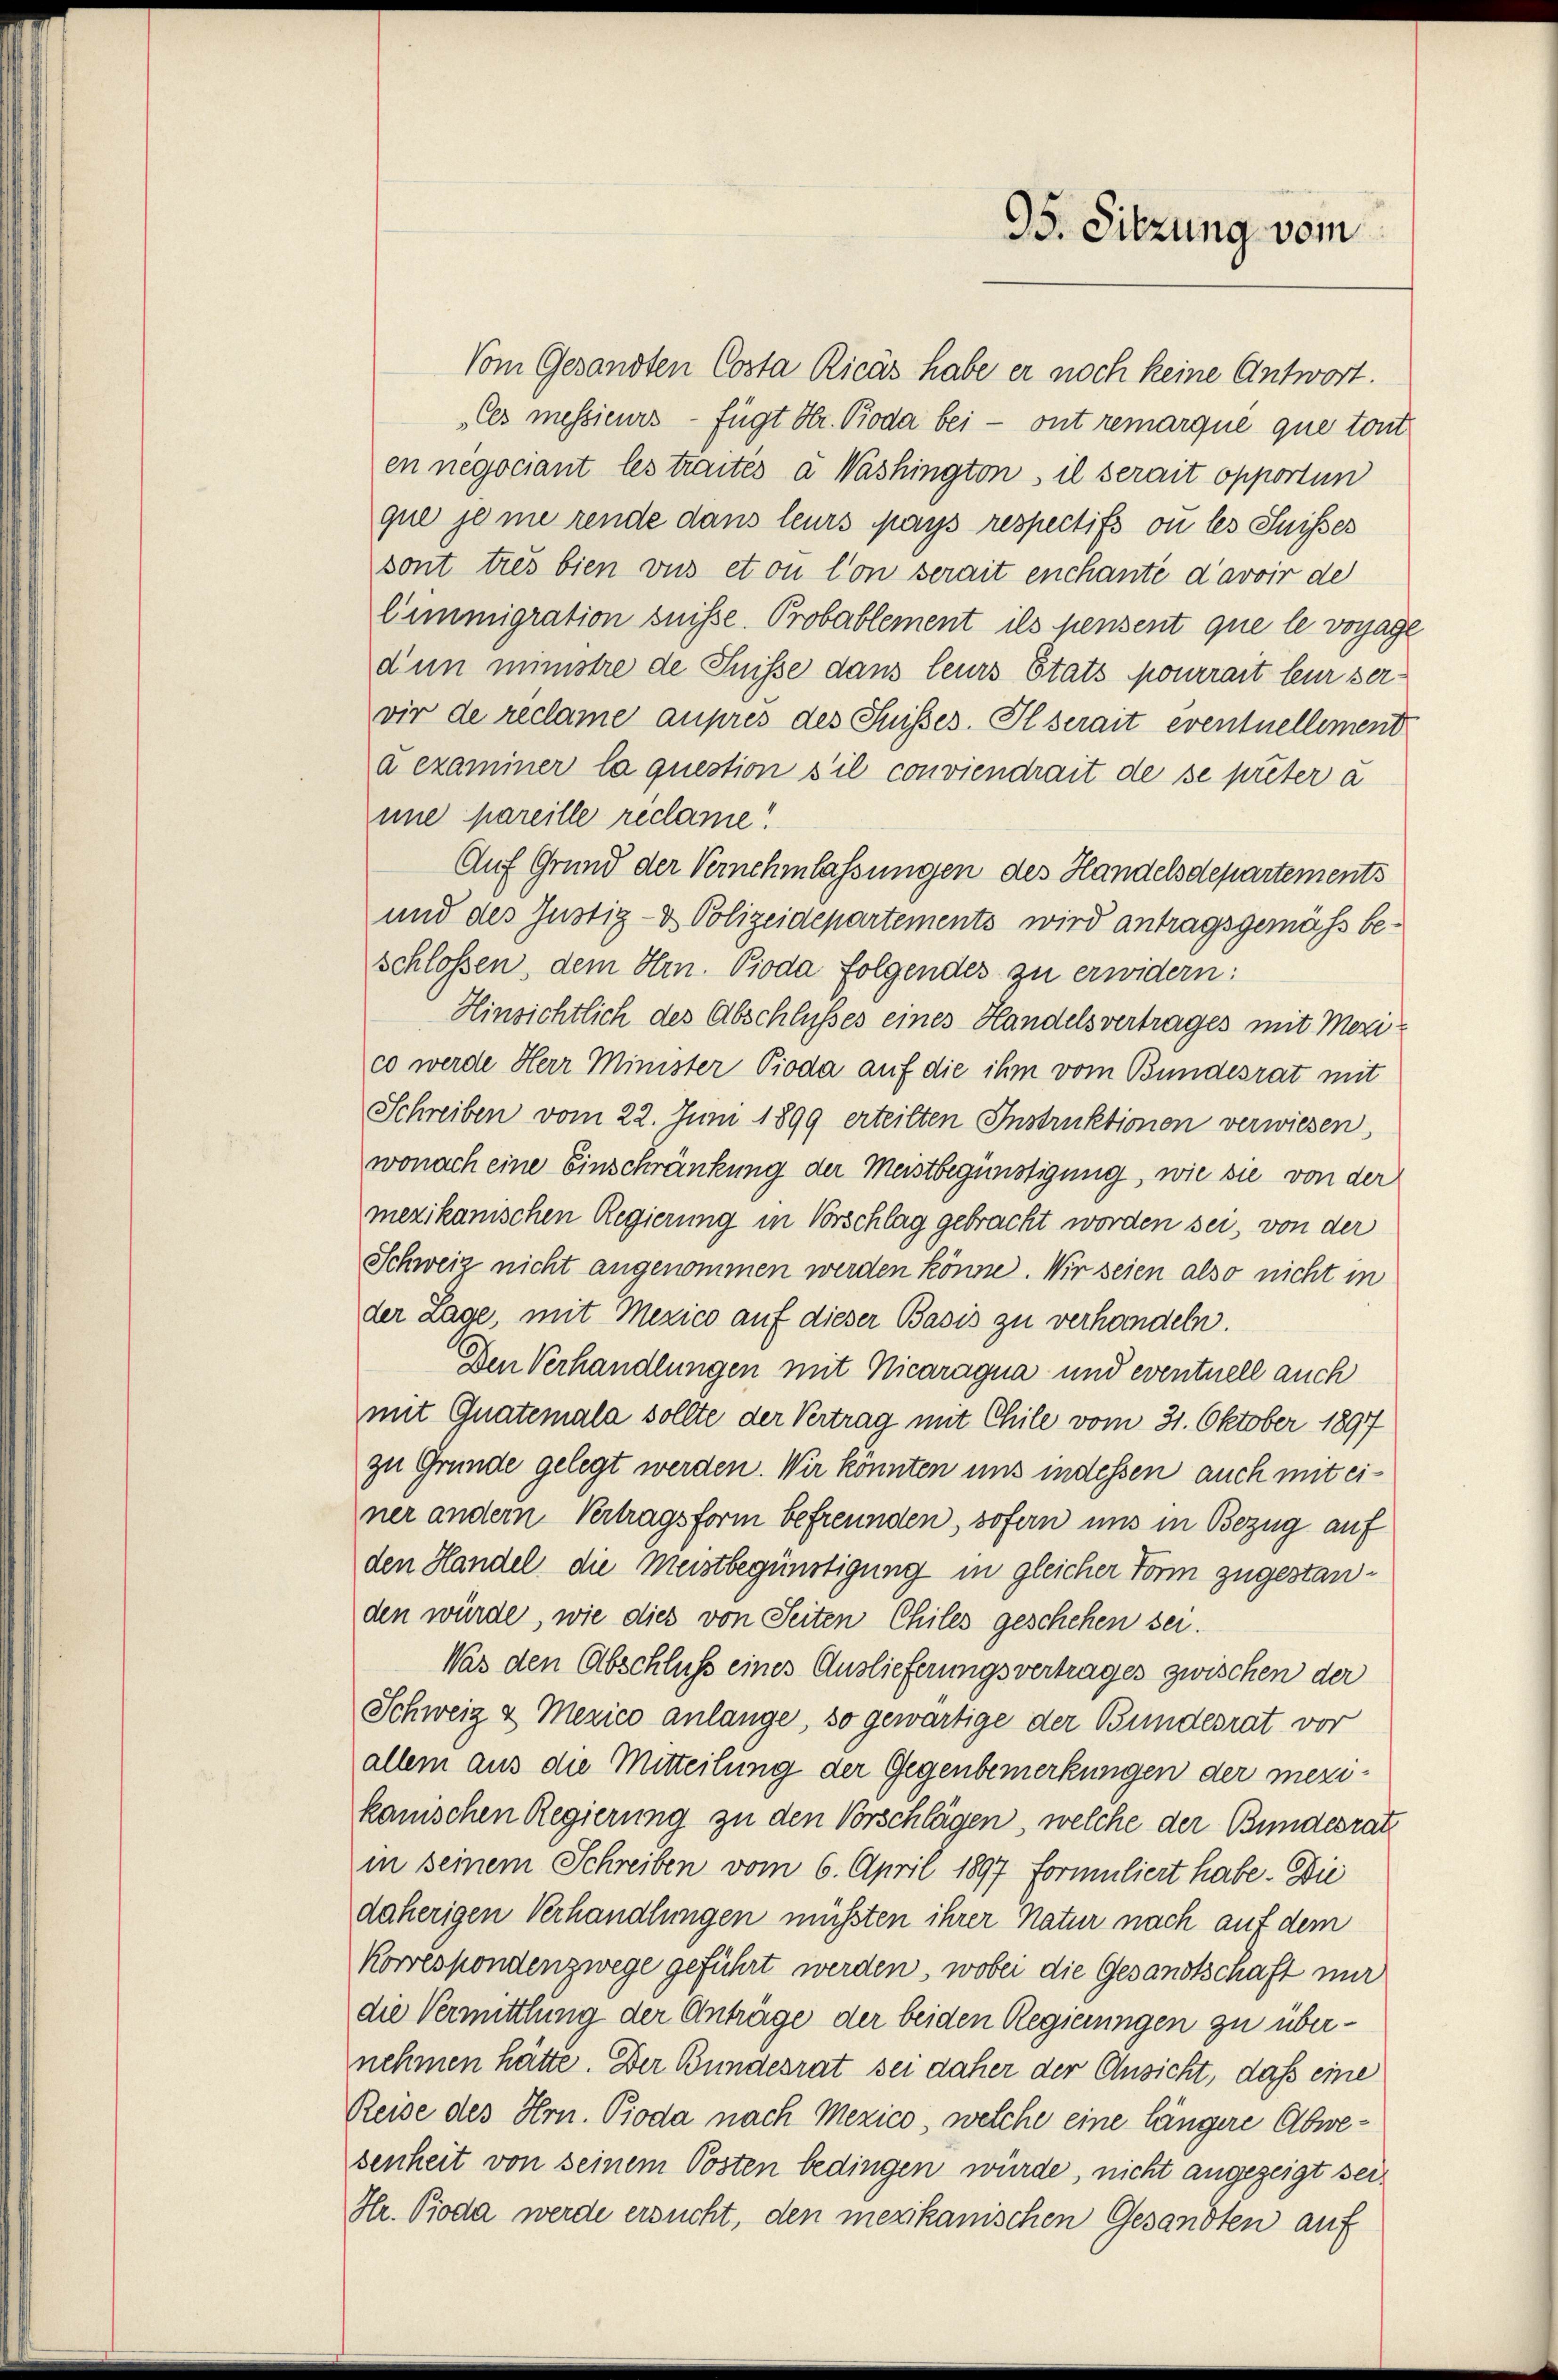
95. Sitzung vom

Vom Gesandten Costa Ricas habe er noch keine Antwort.
„Ces messieurs - fügt Hr. Pioda bei - ont remarque que tout
en negociant les traités a Washington, il serait opportun
que je me rende dans leurs pays respectifs ou les Suisses
sont tres bien vus et on lon serait enchante d’avoir de
Cimmigration suisse. Probablement ils pensent que le vorjage
dun immstre de Suisse dans leurs Etats pourrait leur serwir de reclame aupres des Suisses. Il serait eventuellement
à examiner la question s’il conviendrait de se preter à
une pareille réclame!
Auf Grund der Vernehmlassungen des Handelsdepartements
und des Justiz- & Polizeidepartements wird antragsgemäss beschlossen, dem Hrn. Pioda folgendes zu erwidern:
Hinsichtlich des Abschlusses eines Handelsvertrages mit Mezico werde Herr Minister Pioda auf die ihm vom Bundesrat mit
Schreiben vom 22. Juni 1899 erteilten Instruktionen verwiesen,
wonach eine Einschränkung der Meistbegünstigung, wie sie von der
mezikanischen Regierung in Vorschlag gebracht worden sei, von der
Schweiz nicht angenommen werden könne. Wir seien also nicht in
der Lage, mit Mexico auf dieser Basis zu verhandeln.
Den Verhandlungen mit Nicaragua und eventuell auch
mit Guatemala sollte der Vertrag mit Chile vom 31. Oktober 1897
zu Gründe gelegt werden. Wir könnten uns indessen auch mit einer andern Vertragsform befreunden, sofern uns in Bezug auf
den Handel die Meistbegünstigung in gleicher Form zugestanden würde, wie dies von Seiten Chiles geschehen sei.
Was den Abschluß eines Auslieferungsvertrages zwischen der
Schweiz & Mezico anlange, so gewärtige der Bundesrat vor
allem aus die Mitteilung der Gegenbemerkungen der mezikanischen Regierung zu den Vorschlägen, welche der Bundesrat
in seinem Schreiben vom 6. April 1897 formuliert habe. Die
daherigen Verhandlungen müssten ihrer Natur nach auf dem
Korrespondenzwege geführt werden, wobei die Gesandtschaft nur
die Vermittlung der Anträge der beiden Regierungen zu übernehmen hätte. Der Bundesrat sei daher der Ansicht, dass eine
Reise des Hrn. Pioda nach Mexico, welche eine längere Abwesenheit von seinem Posten bedingen würde, nicht angezeigt sei,
Hr. Pioda werde ersucht, den mexikanischen Gesandten auf